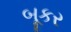
બૂકર